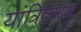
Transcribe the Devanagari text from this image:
यांत्रिकरण